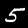
Label: 5